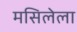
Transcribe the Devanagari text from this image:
मसिलेला